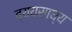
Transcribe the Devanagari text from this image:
व्‍ययसाध्‍य